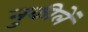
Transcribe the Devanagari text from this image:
नुकीलें